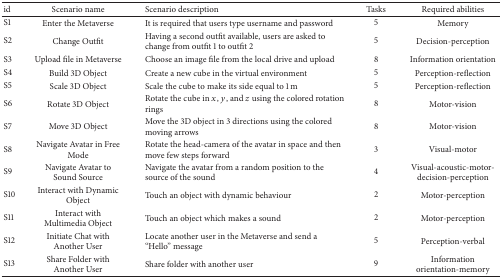
<table><thead><tr><td><b>id</b></td><td><b>Scenario name</b></td><td><b>Scenario description</b></td><td><b>Tasks</b></td><td><b>Required abilities</b></td></tr></thead><tbody><tr><td>S1</td><td>Enter the Metaverse</td><td>It is required that users type username and password</td><td>5</td><td>Memory</td></tr><tr><td>S2</td><td>Change Outfit</td><td>Having a second outfit available, users are asked to change from outfit 1 to outfit 2</td><td>5</td><td>Decision-perception</td></tr><tr><td>S3</td><td>Upload file in Metaverse</td><td>Choose an image file from the local drive and upload</td><td>8</td><td>Information orientation</td></tr><tr><td>S4</td><td>Build 3D Object</td><td>Create a new cube in the virtual environment</td><td>5</td><td>Perception-reflection</td></tr><tr><td>S5</td><td>Scale 3D Object</td><td>Scale the cube to make its side equal to 1 m</td><td>5</td><td>Perception-reflection</td></tr><tr><td>S6</td><td>Rotate 3D Object</td><td>Rotate the cube in <i>x</i>, <i>y</i>, and <i>z</i> using the colored rotation rings</td><td>8</td><td>Motor-vision</td></tr><tr><td>S7</td><td>Move 3D Object</td><td>Move the 3D object in 3 directions using the colored moving arrows</td><td>8</td><td>Motor-vision</td></tr><tr><td>S8</td><td>Navigate Avatar in Free Mode</td><td>Rotate the head-camera of the avatar in space and then move few steps forward</td><td>3</td><td>Visual-motor</td></tr><tr><td>S9</td><td>Navigate Avatar to Sound Source</td><td>Navigate the avatar from a random position to the source of the sound</td><td>4</td><td>Visual-acoustic-motor-decision-perception</td></tr><tr><td>S10</td><td>Interact with Dynamic Object</td><td>Touch an object with dynamic behaviour</td><td>2</td><td>Motor-perception</td></tr><tr><td>S11</td><td>Interact with Multimedia Object</td><td>Touch an object which makes a sound</td><td>2</td><td>Motor-perception</td></tr><tr><td>S12</td><td>Initiate Chat with Another User</td><td>Locate another user in the Metaverse and send a “Hello” message</td><td>5</td><td>Perception-verbal</td></tr><tr><td>S13</td><td>Share Folder with Another User</td><td>Share folder with another user</td><td>9</td><td>Information orientation-memory</td></tr></tbody></table>